Report of the Hyderabad Chloroform Commission
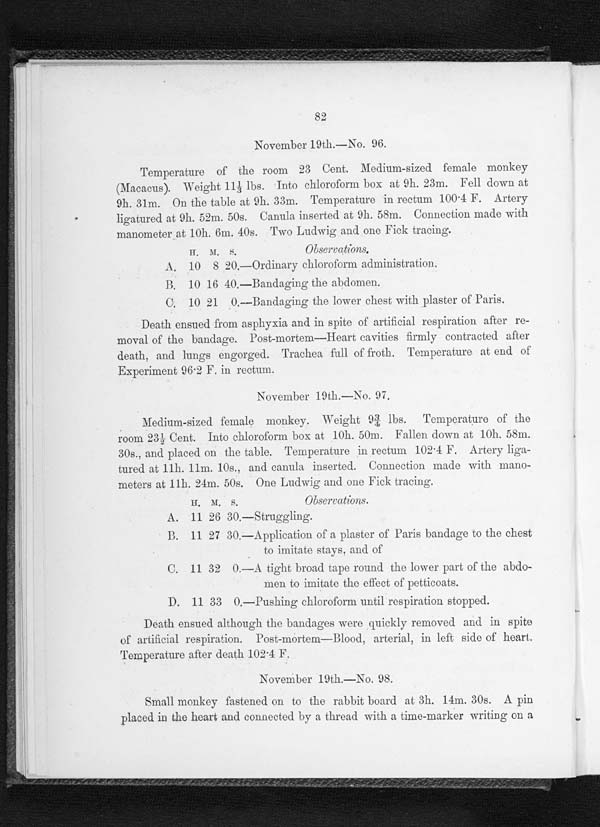
82
November 19th.—No. 96.
Temperature of the room 23 Cent. Medium-sized female monkey
(Macacus). Weight 111/3 lbs. Into chloroform box at 9h. 23m. Fell down at
9h. 31m. On the table at 9h. 33m. Temperature in rectum 100.4 F. Artery
ligatured at 9h. 52m. 50s. Canula inserted at 9h. 58m. Connection made with.
manometer at 10h. 6m. 40s. Two Ludwig and one Fick tracing.
H . M . S .
0bservations.
A. 10 8 20.—Ordinary chloroforms administration,
B. 10 16 40.—Bandaging the abdomen.
C. 10 21 0.—Bandaging the lower chest with plaster of Paris.
Death ensued from asphyxia and in spite of artificial respiration after re-
moval of the bandage. Post-mortem—Heart cavities firmly contracted after
death, and lungs engorged. Trachea full of froth. Temperature at end of
Experiment 96.2 F. in rectum.
November 19th.—No.97 ,
Medium-sized female monkey. Weight 93/4 lbs. Temperature of the
room 231/2 Cent. Into chloroform box at 10h. 50m. Fallen down at 10h, 58m.
30s., and placed on the table. Temperature in rectum 102.4 F. Artery liga-
tured at 11h. 11m. 10s., and canuha inserted. Connection made with mano-
meters at 11h. 21m. 50s, One Ludwig and one Fick tracing.
H. M. S.
Observations.
A. 11 26 30.—Struggling.
B. 11 27 30.—Application of a plaster of Paris bandage to the chest
to imitate stays, and of
C. 11 32 0.—A tight broad tape round the lower part of the abdo-
men to imitate the eftct of petticoats.
D. 11 33 O.—Pushing chloroform until respiration stopped.
Death ensued although the bandages were quickly removed and in spite
of artificial respiration. Post-mortem-Blood, arterial, in left side of heart.
Temperatureafter death 102.4 F.
November 19th.—No. 98.
Small monkey fastened on to the rabbit board at 3h. 14m. 30s. A pin
placed in the heart and connected by a thread with a time-marker waiting on a